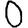
Digit: 0